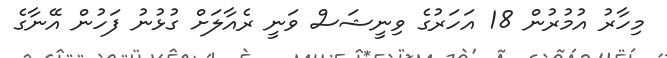
މިހާރު އުމުރުން 18 އަހަރުގެ ވިނީޝަސް ވަނީ ރެއާލަށް ގުޅުނު ފަހުން އޭނާގެ